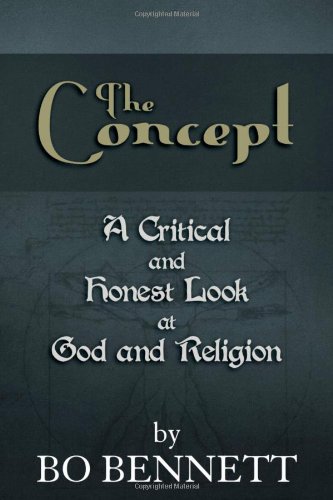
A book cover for The Concept; Bo S. Bennett; Religion & Spirituality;